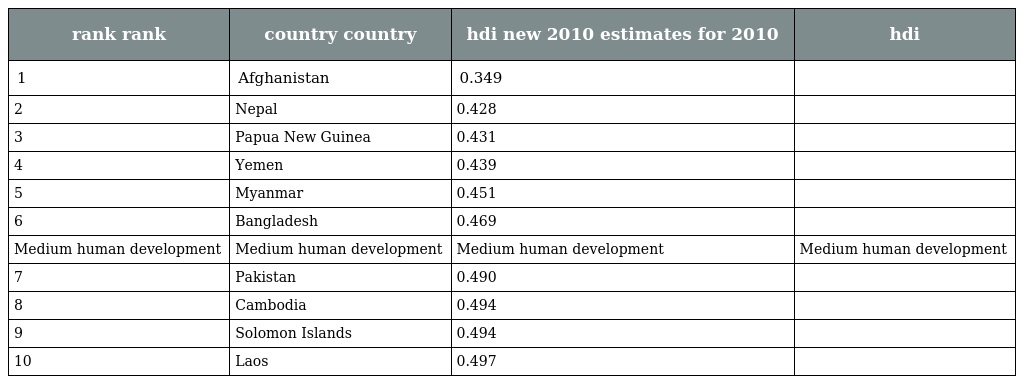
| rank rank | country country | hdi new 2010 estimates for 2010 | hdi |
 | --- | --- | --- | --- |
 | 1 | Afghanistan | 0.349 |  |
 | 2 | Nepal | 0.428 |  |
 | 3 | Papua New Guinea | 0.431 |  |
 | 4 | Yemen | 0.439 |  |
 | 5 | Myanmar | 0.451 |  |
 | 6 | Bangladesh | 0.469 |  |
 | Medium human development | Medium human development | Medium human development | Medium human development |
 | 7 | Pakistan | 0.490 |  |
 | 8 | Cambodia | 0.494 |  |
 | 9 | Solomon Islands | 0.494 |  |
 | 10 | Laos | 0.497 |  |